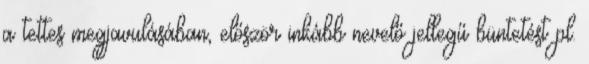
a tettes megjavulásában, először inkább nevelő jellegű büntetést pl.